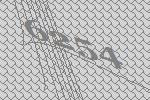
6254